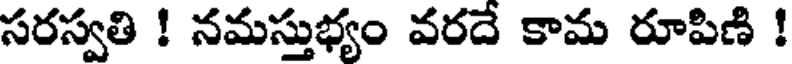
సరస్వతి ! నమస్తుభ్యం వరదే కామ రూపిణి !